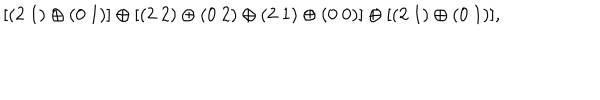
[ ( 2 ~ 1 ) \oplus ( 0 ~ 1 ) ] \oplus [ ( 2 ~ 2 ) \oplus ( 0 ~ 2 ) \oplus ( 2 ~ 1 ) \oplus ( 0 ~ 0 ) ] \oplus [ ( 2 ~ 1 ) \oplus ( 0 ~ 1 ) ] ,